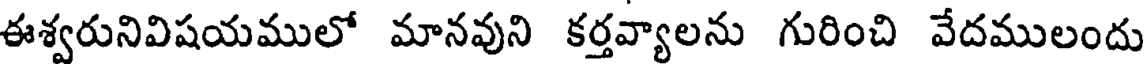
ఈశ్వరునివిషయములో మానవుని కర్తవ్యాలను గురించి వేదములందు